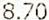
8.70